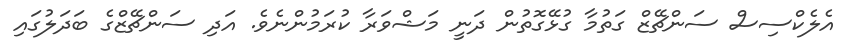
އެލެކްސިސް ސަންޗޭޒް ގަތުމާ ގުޅޭގޮތުން ދަނީ މަޝްވަރާ ކުރަމުންނެވެ. އަދި ސަންޗޭޒްގެ ބަދަލުގައި